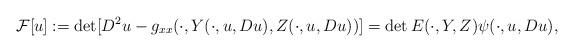
LaTeX: \begin{align*}\mathcal F[u]:=\det[D^2u-g_{xx}(\cdot,Y(\cdot,u,Du),Z(\cdot,u,Du))]=\det E(\cdot,Y,Z)\psi(\cdot,u,Du),\end{align*}